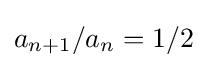
a_{n+1}/a_{n}=1/2